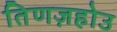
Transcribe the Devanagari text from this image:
तिणज़होउ